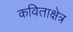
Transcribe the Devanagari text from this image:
कविताक्षेत्र